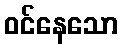
ဝင်နေသော